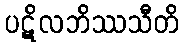
ပဋိလဘိဿသီတိ